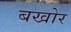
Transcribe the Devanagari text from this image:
बखोर